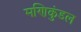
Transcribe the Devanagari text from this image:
मणिकुंडल